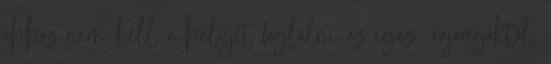
ahhoz nem kell a helyet foglalni az igazi rajongóktól.